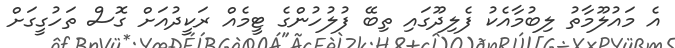
އެ މައުލޫމާތު ލިބުމާއެކު ފެލިދޫގައި ތިބޭ ފުލުހުންގެ ޓީމެއް ރަކީދުއަށް ގޮސް ތަހުގީގަށް